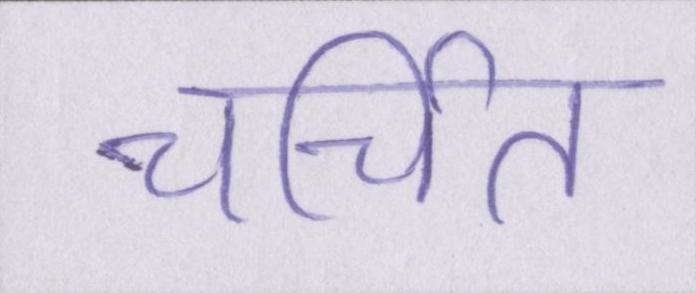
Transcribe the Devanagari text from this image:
चर्चित